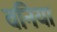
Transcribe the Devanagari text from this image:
वनिया